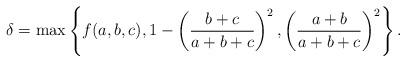
LaTeX: \begin{align*}\delta= \max\left\{f(a,b,c), 1-\left(\frac {b+c}{a+b+c} \right)^2, \left(\frac {a+b}{a+b+c} \right)^2 \right\}.\end{align*}